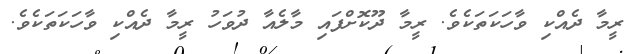
ރީމާ ދެއްކި ވާހަކަތަކެވެ. ރީމާ ދޫކޮށްފައި މާލެއާ ދުވަހު ރީމާ ދެއްކި ވާހަކަތަކެވެ.